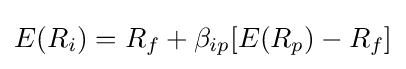
E(R_{i})=R_{f}+\beta _{ip}[E(R_{p})-R_{f}]